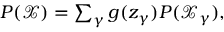
\begin{array} { r } { P ( \mathcal { X } ) = \sum _ { \gamma } g ( z _ { \gamma } ) P ( \mathcal { X } _ { \gamma } ) , } \end{array}